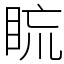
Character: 䀮